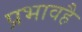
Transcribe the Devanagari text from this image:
प्रभावहै